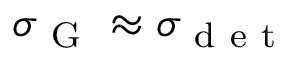
\sigma _ { \mathrm { ~ G ~ } } \approx \sigma _ { \mathrm { ~ d ~ e ~ t ~ } }